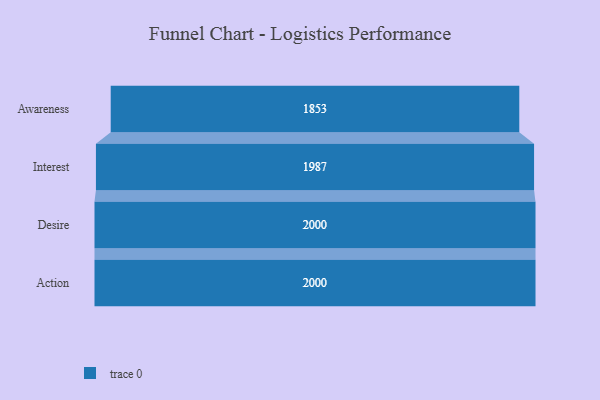
{"axis": {"x": "Stage", "y": "Value"}, "legend": [""], "data": [{"x": "Awareness", "y": 1853.0, "type": ""}, {"x": "Interest", "y": 1987.0, "type": ""}, {"x": "Desire", "y": 2000, "type": ""}, {"x": "Action", "y": 2000, "type": ""}]}